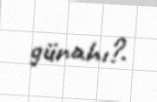
günahı?.